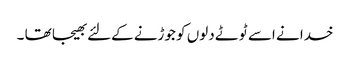
خدا نے اسے ٹوٹے دلوں کو جوڑنے کےلئے بھیجا تھا ۔